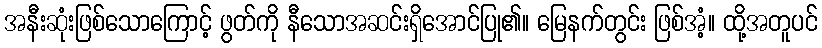
အနီးဆုံးဖြစ်သောကြောင့် ဖွတ်ကို နီသောအဆင်းရှိအောင်ပြု၏။ မြေနက်တွင်း ဖြစ်အံ့။ ထို့အတူပင်